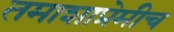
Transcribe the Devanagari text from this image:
तमाशाप्रेमीच